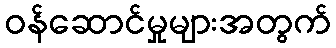
ဝန်ဆောင်မှုများအတွက်